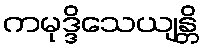
ကမုဒ္ဒိသေယျန္တိ